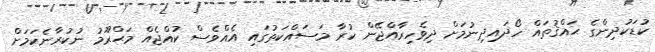
ކުޑަކުދިންގެ ޙައްޤުތައް ހޯދައިދިނުމަށް ދިވެހިރާއްޖޭން ކުރާ މަސައްކަތުގައި އެއްވެސް ކުއްޖެއް މަޙްރޫމު ނުކުރާނެކަމަށް